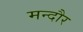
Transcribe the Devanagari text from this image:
मन्दौर